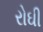
રોઘી